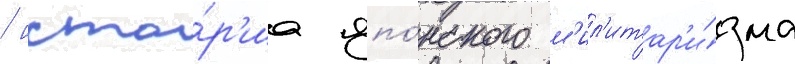
/ исто́р'иа япо́нского м'ил'итар'и́зма